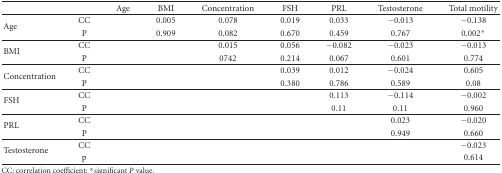
<table><thead><tr><td></td><td></td><td><b>Age</b></td><td><b>BMI</b></td><td><b>Concentration</b></td><td><b>FSH</b></td><td><b>PRL</b></td><td><b>Testosterone</b></td><td><b>Total motility</b></td></tr></thead><tbody><tr><td rowspan="2">Age</td><td>CC</td><td rowspan="2"></td><td>0.005</td><td>0.078</td><td>0.019</td><td>0.033</td><td>−0.013</td><td>−0.138</td></tr><tr><td>P</td><td>0.909</td><td>0.082</td><td>0.670</td><td>0.459</td><td>0.767</td><td>0.002*</td></tr><tr><td rowspan="2">BMI</td><td>CC</td><td rowspan="2"></td><td rowspan="2"></td><td>0.015</td><td>0.056</td><td>−0.082</td><td>−0.023</td><td>−0.013</td></tr><tr><td>P</td><td>0742</td><td>0.214</td><td>0.067</td><td>0.601</td><td>0.774</td></tr><tr><td rowspan="2">Concentration</td><td>CC</td><td rowspan="2"></td><td rowspan="2"></td><td rowspan="2"></td><td>0.039</td><td>0.012</td><td>−0.024</td><td>0.605</td></tr><tr><td>P</td><td>0.380</td><td>0.786</td><td>0.589</td><td>0.08</td></tr><tr><td rowspan="2">FSH</td><td>CC</td><td rowspan="2"></td><td rowspan="2"></td><td rowspan="2"></td><td rowspan="2"></td><td>0.113</td><td>−0.114</td><td>−0.002</td></tr><tr><td>P</td><td>0.11</td><td>0.11</td><td>0.960</td></tr><tr><td rowspan="2">PRL</td><td>CC</td><td rowspan="2"></td><td rowspan="2"></td><td rowspan="2"></td><td rowspan="2"></td><td rowspan="2"></td><td>0.023</td><td>−0.020</td></tr><tr><td>P</td><td>0.949</td><td>0.660</td></tr><tr><td rowspan="2">Testosterone</td><td>CC</td><td rowspan="2"></td><td rowspan="2"></td><td rowspan="2"></td><td rowspan="2"></td><td rowspan="2"></td><td rowspan="2"></td><td>−0.023</td></tr><tr><td>p</td><td>0.614</td></tr></tbody></table>